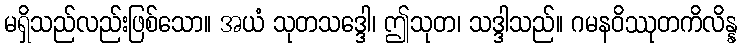
မရှိသည်လည်းဖြစ်သော။ အယံ သုတသဒ္ဒေါ၊ ဤသုတ၊ သဒ္ဒါသည်။ ဂမနဝိဿုတကိလိန္န